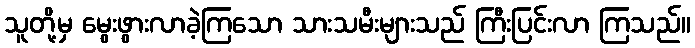
သူတို့မှ မွေးဖွားလာခဲ့ကြသော သားသမီးများသည် ကြီးပြင်းလာ ကြသည်။